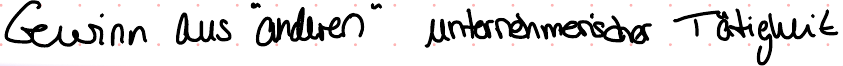
Gewinn aus "anderen" unternehmerischer Tätigkeit